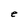
Character: e